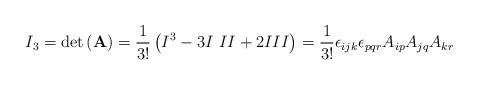
LaTeX: \begin{align*}I_{3}=\mathrm{det}\left(\mathbf{A}\right)=\frac{1}{3!}\left(I^{3}-3I\,\,II+2III\right)=\frac{1}{3!}\epsilon_{ijk}\epsilon_{pqr}A_{ip}A_{jq}A_{kr}\end{align*}